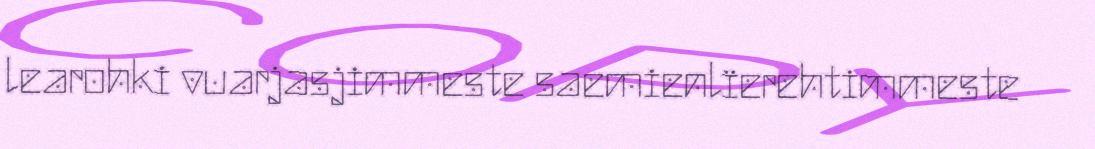
learohki vuarjasjimmeste saemienlïerehtimmeste